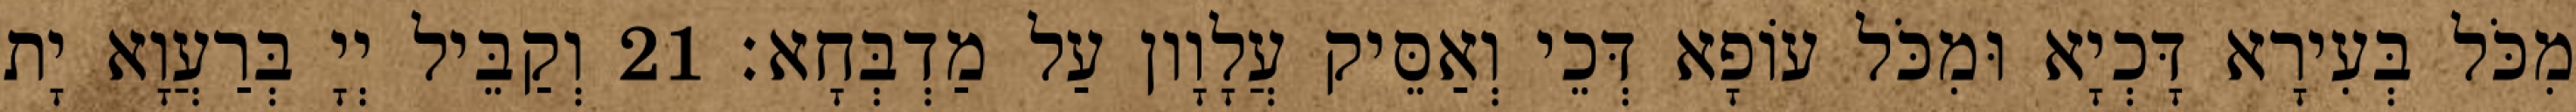
מִכֹּל בְּעִירָא דָּכְיָא וּמִכֹּל עוֹפָא דְּכֵי וְאַסֵּיק עֲלָוָון עַל מַדְבְּחָא׃ 21 וְקַבֵּיל יְיָ בְּרַעֲוָא יָת